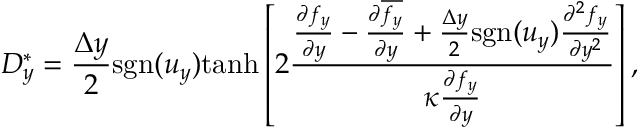
D _ { y } ^ { \ast } = \frac { \Delta y } { 2 } \mathrm { s g n } ( u _ { y } ) \mathrm { t a n h } \left[ 2 \frac { \frac { \partial f _ { y } } { \partial y } - \frac { \partial \overline { { f _ { y } } } } { \partial y } + \frac { \Delta y } { 2 } \mathrm { s g n } ( u _ { y } ) \frac { \partial ^ { 2 } f _ { y } } { \partial y ^ { 2 } } } { \kappa \frac { \partial { f _ { y } } } { \partial y } } \right] ,